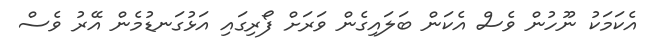
އެކަމަކު ނޫހުން ވެސް އެކަން ބަލައިގެން ވަރަށް ފޯރިގައި އަޅުގަނޑުމެން އޭރު ވެސް